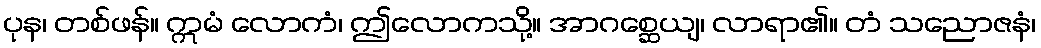
ပုန၊ တစ်ဖန်။ ဣမံ လောကံ၊ ဤလောကသို့။ အာဂစ္ဆေယျ၊ လာရာ၏။ တံ သညောဇနံ၊